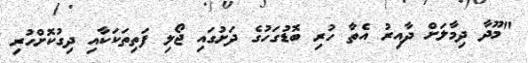
"މޫދާ ދިމާލަށް ދާއިރު އެތާ ހުރި ބޮޑުގަހުގެ ދަށުގައި ޖޯލި ފަތިތަކަކާއި ދިގުކޮށްހުރި